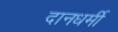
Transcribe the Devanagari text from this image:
दानधर्मी